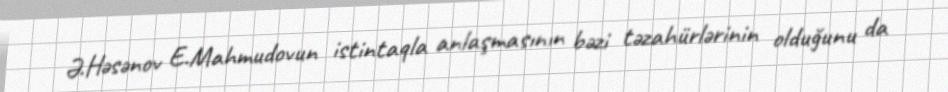
Ə.Həsənov E.Mahmudovun istintaqla anlaşmasının bəzi təzahürlərinin olduğunu da